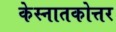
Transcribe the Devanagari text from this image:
केस्नातकोत्तर